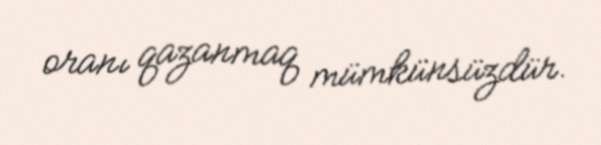
oranı qazanmaq mümkünsüzdür.